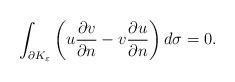
LaTeX: \begin{align*}\int_{\partial K_\varepsilon} \left( u \frac{\partial v}{\partial n} - v \frac{\partial u}{\partial n} \right) d\sigma = 0.\end{align*}